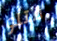
قتلو